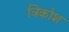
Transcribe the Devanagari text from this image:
त्रिकोश